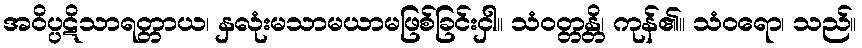
အဝိပ္ပဋိသာရတ္တာယ၊ နှလုံးမသာမယာမဖြစ်ခြင်းငှါ။ သံဝတ္တန္တိ၊ ကုန်၏။ သံဝရော၊ သည်။